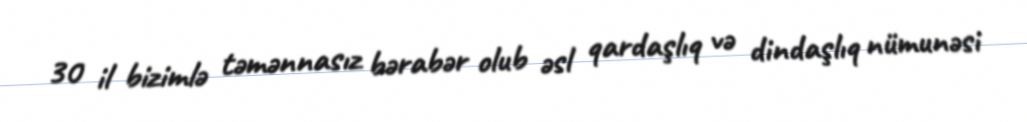
30 il bizimlə təmənnasız bərabər olub əsl qardaşlıq və dindaşlıq nümunəsi